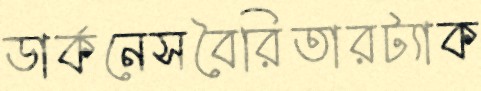
ডার্কনেসবৈরিতারট্যাক